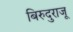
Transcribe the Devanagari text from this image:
बिरुदुराजू